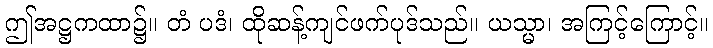
ဤအဋ္ဌကထာ၌။ တံ ပဒံ၊ ထိုဆန့်ကျင်ဖက်ပုဒ်သည်။ ယသ္မာ၊ အကြင့်ကြောင့်။